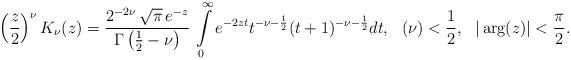
LaTeX: \begin{align*}\left(\frac{z}{2}\right)^{\nu}K_{\nu}(z)=\frac{2^{-2\nu}\,\sqrt{\pi}\,e^{-z}}{\Gamma\left(\frac{1}{2}-\nu\right)}\,\intop_{0}^{\infty}e^{-2zt}t^{-\nu-\frac{1}{2}}(t+1)^{-\nu-\frac{1}{2}}dt,\,\,\,\,(\nu)<\frac{1}{2},\,\,\,\,|\arg(z)|<\frac{\pi}{2}.\end{align*}